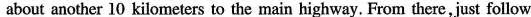
another 10 kilometers to the main highway. From there, just follow